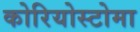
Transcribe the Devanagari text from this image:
कोरियोस्टोमा